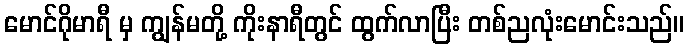
မောင်ဂိုမာရီ မှ ကျွန်မတို့ ကိုးနာရီတွင် ထွက်လာပြီး တစ်ညလုံးမောင်းသည်။